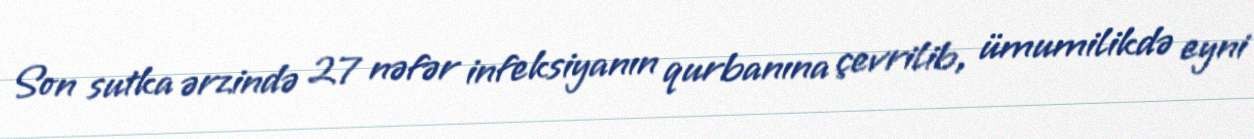
Son sutka ərzində 27 nəfər infeksiyanın qurbanına çevrilib, ümumilikdə eyni